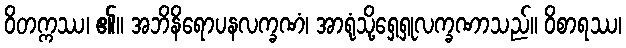
ဝိတက္ကဿ၊ ၏။ အဘိနိရောပနလက္ခဏံ၊ အာရုံသို့ရှေ့ရှုလက္ခဏာသည်။ ဝိစာရဿ၊